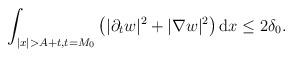
LaTeX: \begin{align*} \int_{|x|> A + t, t=M_0} \left( |\partial_t w|^2 + |\nabla w|^2 \right) \mathrm{d}x \le 2\delta_0.\end{align*}